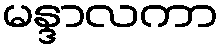
မန္ဒာလကာ